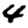
Digit: 4